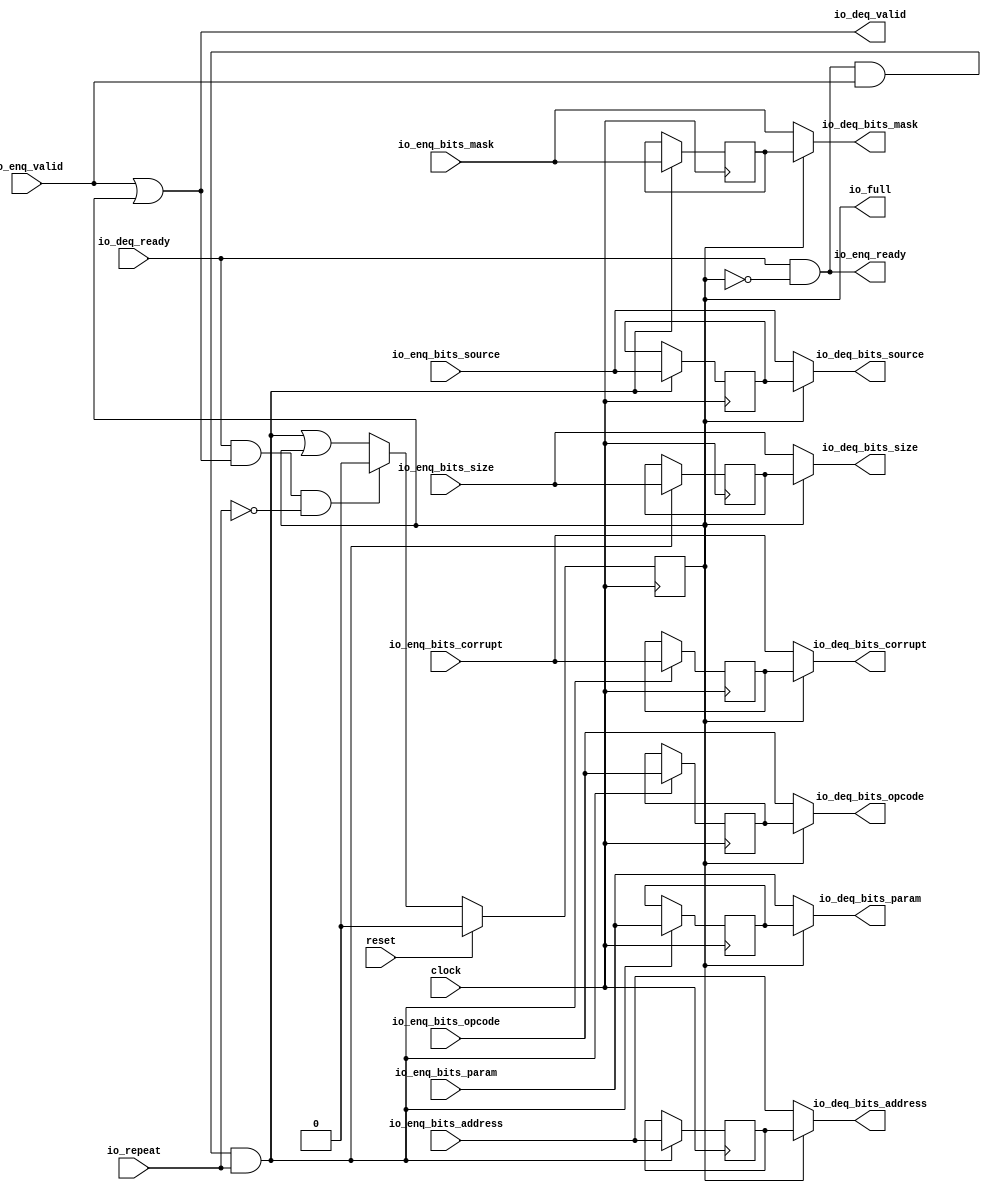
module Repeater_2( // @[:freechips.rocketchip.system.DefaultRV32Config.fir@62731.2]
  input         clock, // @[:freechips.rocketchip.system.DefaultRV32Config.fir@62732.4]
  input         reset, // @[:freechips.rocketchip.system.DefaultRV32Config.fir@62733.4]
  input         io_repeat, // @[:freechips.rocketchip.system.DefaultRV32Config.fir@62734.4]
  output        io_full, // @[:freechips.rocketchip.system.DefaultRV32Config.fir@62734.4]
  output        io_enq_ready, // @[:freechips.rocketchip.system.DefaultRV32Config.fir@62734.4]
  input         io_enq_valid, // @[:freechips.rocketchip.system.DefaultRV32Config.fir@62734.4]
  input  [2:0]  io_enq_bits_opcode, // @[:freechips.rocketchip.system.DefaultRV32Config.fir@62734.4]
  input  [2:0]  io_enq_bits_param, // @[:freechips.rocketchip.system.DefaultRV32Config.fir@62734.4]
  input  [2:0]  io_enq_bits_size, // @[:freechips.rocketchip.system.DefaultRV32Config.fir@62734.4]
  input  [4:0]  io_enq_bits_source, // @[:freechips.rocketchip.system.DefaultRV32Config.fir@62734.4]
  input  [25:0] io_enq_bits_address, // @[:freechips.rocketchip.system.DefaultRV32Config.fir@62734.4]
  input  [3:0]  io_enq_bits_mask, // @[:freechips.rocketchip.system.DefaultRV32Config.fir@62734.4]
  input         io_enq_bits_corrupt, // @[:freechips.rocketchip.system.DefaultRV32Config.fir@62734.4]
  input         io_deq_ready, // @[:freechips.rocketchip.system.DefaultRV32Config.fir@62734.4]
  output        io_deq_valid, // @[:freechips.rocketchip.system.DefaultRV32Config.fir@62734.4]
  output [2:0]  io_deq_bits_opcode, // @[:freechips.rocketchip.system.DefaultRV32Config.fir@62734.4]
  output [2:0]  io_deq_bits_param, // @[:freechips.rocketchip.system.DefaultRV32Config.fir@62734.4]
  output [2:0]  io_deq_bits_size, // @[:freechips.rocketchip.system.DefaultRV32Config.fir@62734.4]
  output [4:0]  io_deq_bits_source, // @[:freechips.rocketchip.system.DefaultRV32Config.fir@62734.4]
  output [25:0] io_deq_bits_address, // @[:freechips.rocketchip.system.DefaultRV32Config.fir@62734.4]
  output [3:0]  io_deq_bits_mask, // @[:freechips.rocketchip.system.DefaultRV32Config.fir@62734.4]
  output        io_deq_bits_corrupt // @[:freechips.rocketchip.system.DefaultRV32Config.fir@62734.4]
);
`ifdef RANDOMIZE_REG_INIT
  reg [31:0] _RAND_0;
  reg [31:0] _RAND_1;
  reg [31:0] _RAND_2;
  reg [31:0] _RAND_3;
  reg [31:0] _RAND_4;
  reg [31:0] _RAND_5;
  reg [31:0] _RAND_6;
  reg [31:0] _RAND_7;
`endif // RANDOMIZE_REG_INIT
  reg  full; // @[Repeater.scala 19:21:freechips.rocketchip.system.DefaultRV32Config.fir@62736.4]
  reg [2:0] saved_opcode; // @[Repeater.scala 20:18:freechips.rocketchip.system.DefaultRV32Config.fir@62737.4]
  reg [2:0] saved_param; // @[Repeater.scala 20:18:freechips.rocketchip.system.DefaultRV32Config.fir@62737.4]
  reg [2:0] saved_size; // @[Repeater.scala 20:18:freechips.rocketchip.system.DefaultRV32Config.fir@62737.4]
  reg [4:0] saved_source; // @[Repeater.scala 20:18:freechips.rocketchip.system.DefaultRV32Config.fir@62737.4]
  reg [25:0] saved_address; // @[Repeater.scala 20:18:freechips.rocketchip.system.DefaultRV32Config.fir@62737.4]
  reg [3:0] saved_mask; // @[Repeater.scala 20:18:freechips.rocketchip.system.DefaultRV32Config.fir@62737.4]
  reg  saved_corrupt; // @[Repeater.scala 20:18:freechips.rocketchip.system.DefaultRV32Config.fir@62737.4]
  wire  _T_1; // @[Repeater.scala 24:35:freechips.rocketchip.system.DefaultRV32Config.fir@62740.4]
  wire  _T_4; // @[Decoupled.scala 40:37:freechips.rocketchip.system.DefaultRV32Config.fir@62753.4]
  wire  _T_5; // @[Repeater.scala 28:23:freechips.rocketchip.system.DefaultRV32Config.fir@62754.4]
  wire  _GEN_0; // @[Repeater.scala 28:38:freechips.rocketchip.system.DefaultRV32Config.fir@62755.4]
  wire  _T_6; // @[Decoupled.scala 40:37:freechips.rocketchip.system.DefaultRV32Config.fir@62766.4]
  wire  _T_7; // @[Repeater.scala 29:26:freechips.rocketchip.system.DefaultRV32Config.fir@62767.4]
  wire  _T_8; // @[Repeater.scala 29:23:freechips.rocketchip.system.DefaultRV32Config.fir@62768.4]
  assign _T_1 = ~full; // @[Repeater.scala 24:35:freechips.rocketchip.system.DefaultRV32Config.fir@62740.4]
  assign _T_4 = io_enq_ready & io_enq_valid; // @[Decoupled.scala 40:37:freechips.rocketchip.system.DefaultRV32Config.fir@62753.4]
  assign _T_5 = _T_4 & io_repeat; // @[Repeater.scala 28:23:freechips.rocketchip.system.DefaultRV32Config.fir@62754.4]
  assign _GEN_0 = _T_5 | full; // @[Repeater.scala 28:38:freechips.rocketchip.system.DefaultRV32Config.fir@62755.4]
  assign _T_6 = io_deq_ready & io_deq_valid; // @[Decoupled.scala 40:37:freechips.rocketchip.system.DefaultRV32Config.fir@62766.4]
  assign _T_7 = ~io_repeat; // @[Repeater.scala 29:26:freechips.rocketchip.system.DefaultRV32Config.fir@62767.4]
  assign _T_8 = _T_6 & _T_7; // @[Repeater.scala 29:23:freechips.rocketchip.system.DefaultRV32Config.fir@62768.4]
  assign io_full = full; // @[Repeater.scala 26:11:freechips.rocketchip.system.DefaultRV32Config.fir@62752.4]
  assign io_enq_ready = io_deq_ready & _T_1; // @[Repeater.scala 24:16:freechips.rocketchip.system.DefaultRV32Config.fir@62742.4]
  assign io_deq_valid = io_enq_valid | full; // @[Repeater.scala 23:16:freechips.rocketchip.system.DefaultRV32Config.fir@62739.4]
  assign io_deq_bits_opcode = full ? saved_opcode : io_enq_bits_opcode; // @[Repeater.scala 25:15:freechips.rocketchip.system.DefaultRV32Config.fir@62751.4]
  assign io_deq_bits_param = full ? saved_param : io_enq_bits_param; // @[Repeater.scala 25:15:freechips.rocketchip.system.DefaultRV32Config.fir@62750.4]
  assign io_deq_bits_size = full ? saved_size : io_enq_bits_size; // @[Repeater.scala 25:15:freechips.rocketchip.system.DefaultRV32Config.fir@62749.4]
  assign io_deq_bits_source = full ? saved_source : io_enq_bits_source; // @[Repeater.scala 25:15:freechips.rocketchip.system.DefaultRV32Config.fir@62748.4]
  assign io_deq_bits_address = full ? saved_address : io_enq_bits_address; // @[Repeater.scala 25:15:freechips.rocketchip.system.DefaultRV32Config.fir@62747.4]
  assign io_deq_bits_mask = full ? saved_mask : io_enq_bits_mask; // @[Repeater.scala 25:15:freechips.rocketchip.system.DefaultRV32Config.fir@62746.4]
  assign io_deq_bits_corrupt = full ? saved_corrupt : io_enq_bits_corrupt; // @[Repeater.scala 25:15:freechips.rocketchip.system.DefaultRV32Config.fir@62744.4]
`ifdef RANDOMIZE_GARBAGE_ASSIGN
`define RANDOMIZE
`endif
`ifdef RANDOMIZE_INVALID_ASSIGN
`define RANDOMIZE
`endif
`ifdef RANDOMIZE_REG_INIT
`define RANDOMIZE
`endif
`ifdef RANDOMIZE_MEM_INIT
`define RANDOMIZE
`endif
`ifndef RANDOM
`define RANDOM $random
`endif
`ifdef RANDOMIZE_MEM_INIT
  integer initvar;
`endif
`ifndef SYNTHESIS
`ifdef FIRRTL_BEFORE_INITIAL
`FIRRTL_BEFORE_INITIAL
`endif
initial begin
  `ifdef RANDOMIZE
    `ifdef INIT_RANDOM
      `INIT_RANDOM
    `endif
    `ifndef VERILATOR
      `ifdef RANDOMIZE_DELAY
        #`RANDOMIZE_DELAY begin end
      `else
        #0.002 begin end
      `endif
    `endif
`ifdef RANDOMIZE_REG_INIT
  _RAND_0 = {1{`RANDOM}};
  full = _RAND_0[0:0];
  _RAND_1 = {1{`RANDOM}};
  saved_opcode = _RAND_1[2:0];
  _RAND_2 = {1{`RANDOM}};
  saved_param = _RAND_2[2:0];
  _RAND_3 = {1{`RANDOM}};
  saved_size = _RAND_3[2:0];
  _RAND_4 = {1{`RANDOM}};
  saved_source = _RAND_4[4:0];
  _RAND_5 = {1{`RANDOM}};
  saved_address = _RAND_5[25:0];
  _RAND_6 = {1{`RANDOM}};
  saved_mask = _RAND_6[3:0];
  _RAND_7 = {1{`RANDOM}};
  saved_corrupt = _RAND_7[0:0];
`endif // RANDOMIZE_REG_INIT
  `endif // RANDOMIZE
end // initial
`ifdef FIRRTL_AFTER_INITIAL
`FIRRTL_AFTER_INITIAL
`endif
`endif // SYNTHESIS
  always @(posedge clock) begin
    if (reset) begin
      full <= 1'h0;
    end else if (_T_8) begin
      full <= 1'h0;
    end else begin
      full <= _GEN_0;
    end
    if (_T_5) begin
      saved_opcode <= io_enq_bits_opcode;
    end
    if (_T_5) begin
      saved_param <= io_enq_bits_param;
    end
    if (_T_5) begin
      saved_size <= io_enq_bits_size;
    end
    if (_T_5) begin
      saved_source <= io_enq_bits_source;
    end
    if (_T_5) begin
      saved_address <= io_enq_bits_address;
    end
    if (_T_5) begin
      saved_mask <= io_enq_bits_mask;
    end
    if (_T_5) begin
      saved_corrupt <= io_enq_bits_corrupt;
    end
  end
endmodule